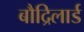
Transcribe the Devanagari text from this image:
बौद्रिलार्ड